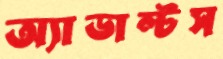
অ্যাডাল্টস